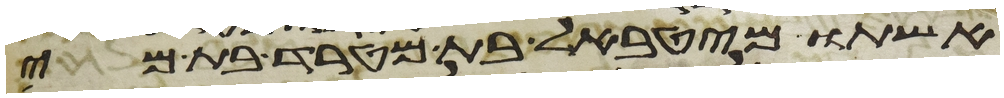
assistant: אשתו מהטבאל בת מטרד בת מי